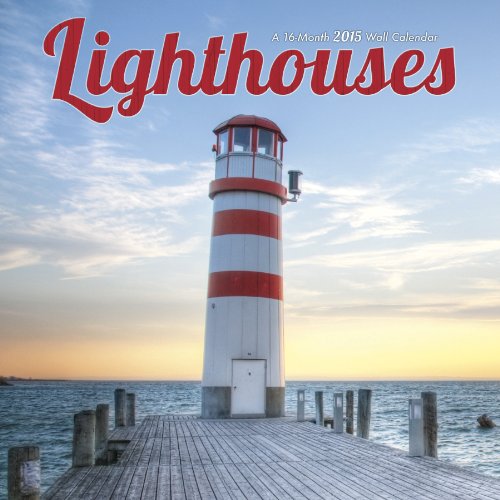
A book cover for Lighthouses 2015 Wall Calendar; Trends International; Calendars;